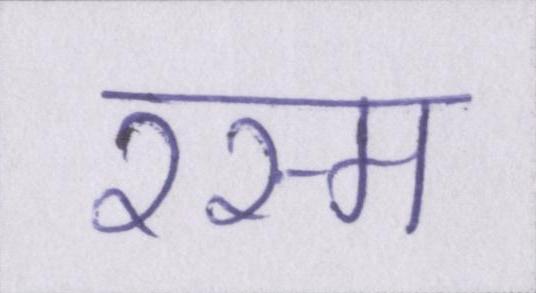
रस्म